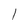
Character: l